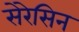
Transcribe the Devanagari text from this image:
सेरेसिन